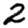
Digit: 2